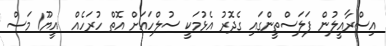
އިސްރާއީލުން ފަލަސްތީންގައި ގެދޮރު އެޅުމަކީ ސުލްހައަށް އޮތް ހުރަހެއް  އީޔޫ1 މަސް